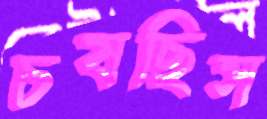
চষছিস